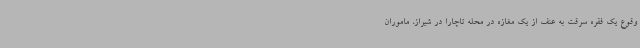
وقوع یک فقره سرقت به عنف از یک مغازه در محله تاچارا در شیراز، ماموران